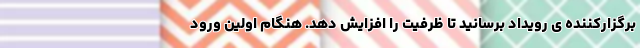
برگزارکننده ی رویداد برسانید تا ظرفیت را افزایش دهد. هنگام اولین ورود